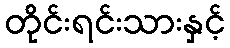
တိုင်းရင်းသားနှင့်